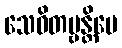
သေဝိတဗ္ဗန္တိပေ